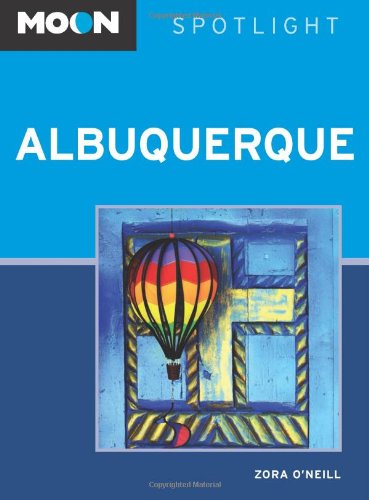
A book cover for Moon Spotlight Albuquerque; Zora O'Neill; Travel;